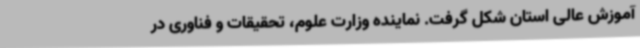
آموزش عالی استان شکل گرفت. نماینده وزارت علوم، تحقیقات و فناوری در